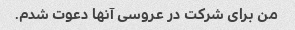
من برای شرکت در عروسی آنها دعوت شدم.